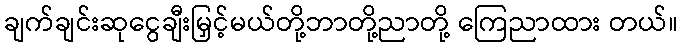
ချက်ချင်းဆုငွေချီးမြှင့်မယ်တို့ဘာတို့ညာတို့ ကြေညာထား တယ်။